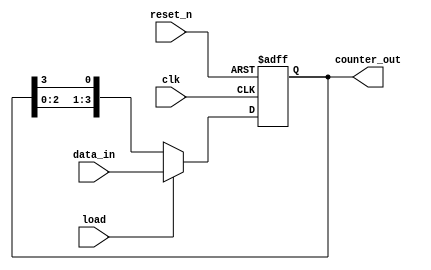
module loadable_ring_counter (
    input wire clk,               // Clock input
    input wire reset_n,           // Asynchronous reset (active low)
    input wire load,              // Load input to set counter value
    input wire [N-1:0] data_in,   // Input data to load (N-bit input)
    output reg [N-1:0] counter_out // Output of the counter
);
    parameter N = 4;              // Number of bits for the counter (adjust as needed)

    // Always block for synchronous loading and shifting
    always @(posedge clk or negedge reset_n) begin
        if (!reset_n) begin
            // Asynchronous reset: Initialize counter
            counter_out <= {N-1{1'b0}}; // Set all to 0
            counter_out[0] <= 1'b1;      // Set the first bit to 1
        end else if (load) begin
            // Load the counter with the input value
            counter_out <= data_in;
        end else begin
            // Shift the '1' bit around the ring
            counter_out <= {counter_out[N-2:0], counter_out[N-1]}; // Shift left
        end
    end
endmodule